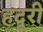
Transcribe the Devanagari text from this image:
हदूरी